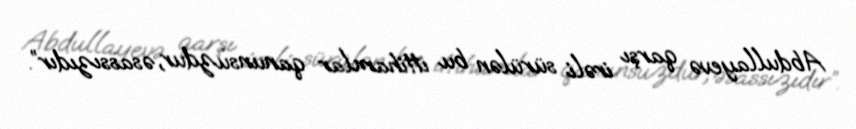
Abdullayevə qarşı irəli sürülən bu ittihamlar qanunsuzdur, əsassızıdır”.